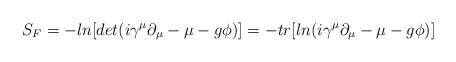
LaTeX: \begin{align*}S_F=-ln[det(i\gamma^{\mu}\partial_{\mu}-\mu-g\phi)]=-tr[ln(i\gamma^{\mu}\partial_{\mu}-\mu-g\phi)]\end{align*}